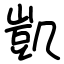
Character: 凱